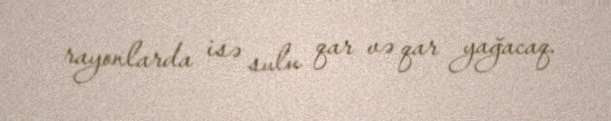
rayonlarda isə sulu qar və qar yağacaq.